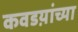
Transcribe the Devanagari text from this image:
कवडय़ांच्या